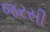
જરસી